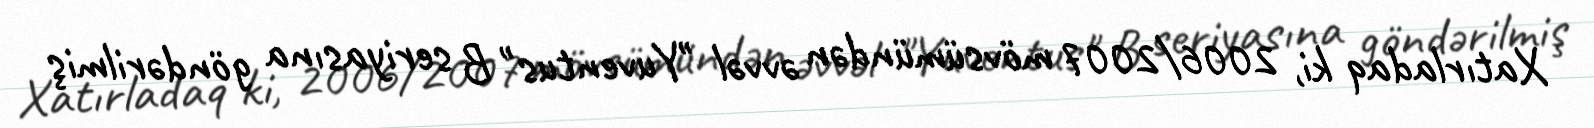
Xatırladaq ki, 2006/2007 mövsümündən əvvəl "Yuventus" B seriyasına göndərilmiş